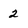
Character: 2